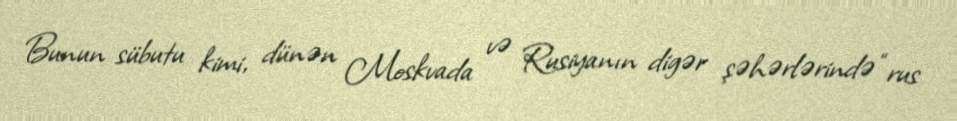
Bunun sübutu kimi, dünən Moskvada və Rusiyanın digər şəhərlərində “rus